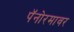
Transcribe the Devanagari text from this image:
पॅनोरमावर